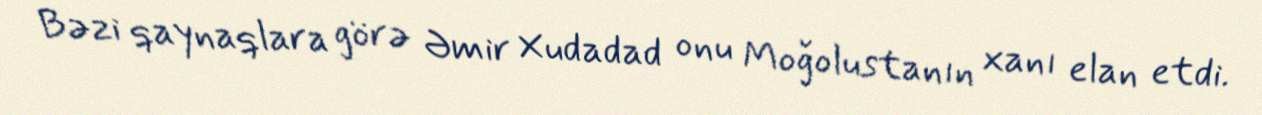
Bəzi qaynaqlara görə Əmir Xudadad onu Moğolustanın xanı elan etdi.